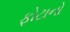
ફોટાનો